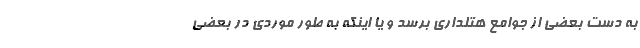
به دست بعضی از جوامع هتلداری برسد و یا اینکه به طور موردی در بعضی